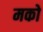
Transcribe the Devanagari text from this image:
मको